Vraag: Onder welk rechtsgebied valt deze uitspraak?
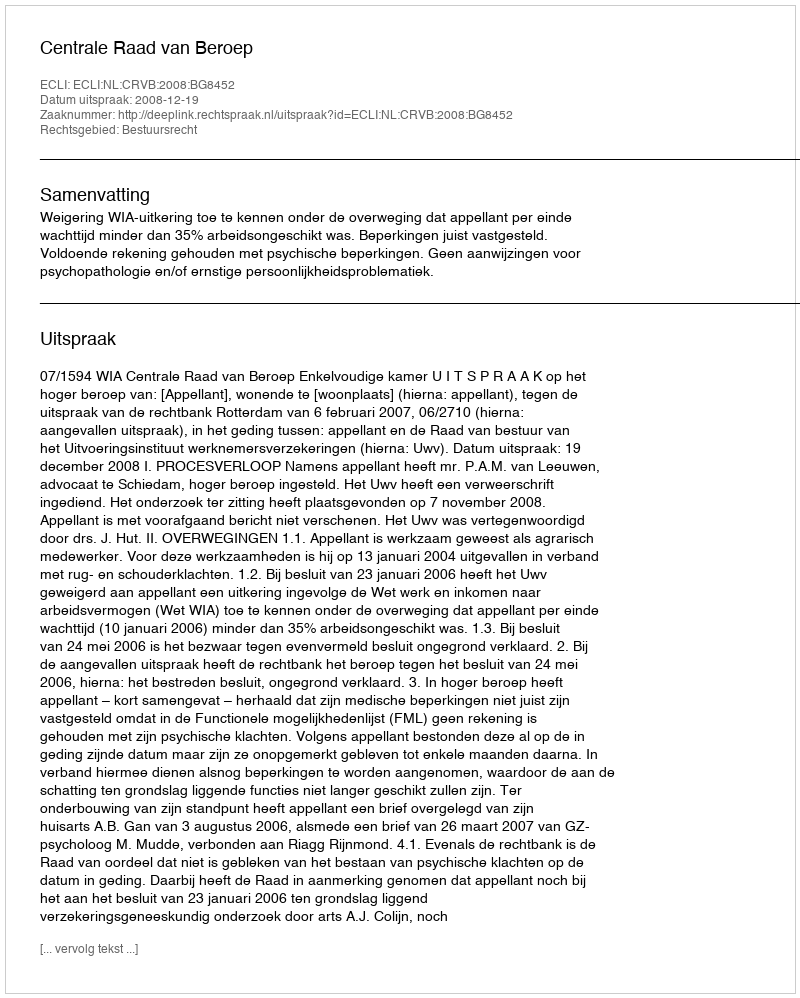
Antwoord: Bestuursrecht